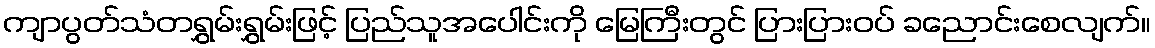
ကျာပွတ်သံတရွှမ်းရွှမ်းဖြင့် ပြည်သူအပေါင်းကို မြေကြီးတွင် ပြားပြားဝပ် ခညောင်းစေလျက်။